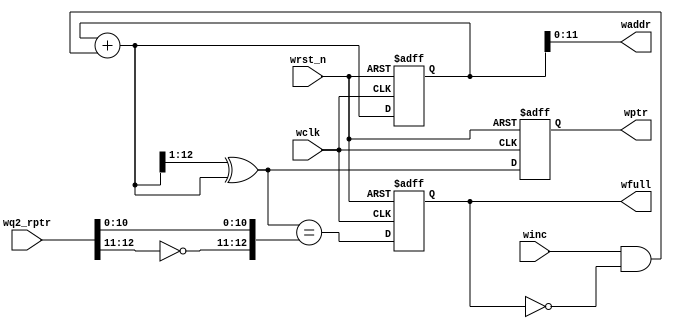
module wptr_full #(parameter ADDR_SIZE = 12)
   (output reg wfull,
    output [ADDR_SIZE-1:0] waddr,
    output reg [ADDR_SIZE:0] wptr,
    input [ADDR_SIZE:0] wq2_rptr,
    input winc, wclk, wrst_n);
   reg [ADDR_SIZE:0] 	     wbin;
   wire [ADDR_SIZE:0] 	     wgraynext, wbinnext;
	wire                      wfull_val;
   // GRAYSTYLE2 pointer
   always @(posedge wclk or negedge wrst_n)
     if (!wrst_n) {wbin, wptr} <= 0;
     else {wbin, wptr} <= {wbinnext, wgraynext};
   // Memory write-address pointer (okay to use binary to address memory)
   assign waddr = wbin[ADDR_SIZE-1:0];
   assign wbinnext = wbin + (winc & ~wfull);
   assign wgraynext = (wbinnext>>1) ^ wbinnext;
   //------------------------------------------------------------------
   // Simplified version of the three necessary full-tests:
   // assign wfull_val=((wgnext[ADDR_SIZE] !=wq2_rptr[ADDR_SIZE] ) &&
   // (wgnext[ADDR_SIZE-1] !=wq2_rptr[ADDR_SIZE-1]) &&
   // (wgnext[ADDR_SIZE-2:0]==wq2_rptr[ADDR_SIZE-2:0]));
   //------------------------------------------------------------------
   assign wfull_val = (wgraynext=={~wq2_rptr[ADDR_SIZE:ADDR_SIZE-1],
				   wq2_rptr[ADDR_SIZE-2:0]});
   always @(posedge wclk or negedge wrst_n)
     if (!wrst_n) wfull <= 1'b0;
     else wfull <= wfull_val;
endmodule